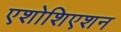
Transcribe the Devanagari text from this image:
एशोशिएशन